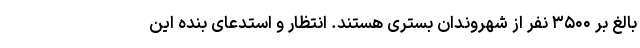
بالغ بر ۳۵۰۰ نفر از شهروندان بستری هستند. انتظار و استدعای بنده این